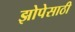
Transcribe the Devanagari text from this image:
झोपेसाठी